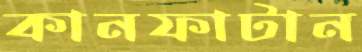
কানফাটান